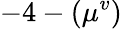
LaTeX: -4-(\mu^{v})